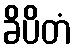
ခိပိတံ